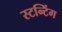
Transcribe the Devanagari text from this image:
स्टन्टिंग